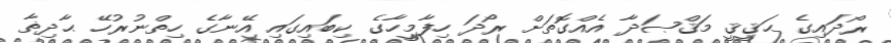
ރޯދައިގެ ޙަޤީޤީ މަޤްޞަދާ އެއްގޮތަށް ރޯދަ ހިފާމީހާގެ ކިބައިގައި އޭނާގެ ހިތްނުރުހޭ ޙާދިޡާ